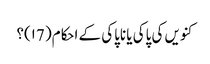
کنویں کی پاکی یا ناپاکی کے احکام( ۱7)؟